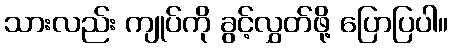
သားလည်း ကျုပ်ကို ခွင့်လွှတ်ဖို့ ပြောပြပါ။